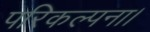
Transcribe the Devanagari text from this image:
परिकल्पना।